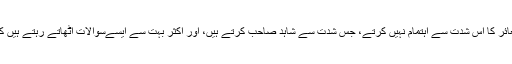
وہ غریب لیکن خوددار انسان ہیں، دوسری بات یہ کہ وہ مذہبی شعائر کا اس شدت سے اہتمام نہیں کرتے، جس شدت سے شاہد صاحب کرتے ہیں، اور اکثر بہت سے ایسےسوالات اُٹھاتے رہتے ہیں کہ جن سے لوگ یہ سمجھتے ہیں کہ ان کا ایمان کمزور ہوگیا ہے۔